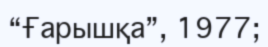
“Ғарышқа”, 1977;